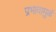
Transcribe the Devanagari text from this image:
प्रभावामुळं